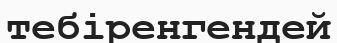
тебіренгендей